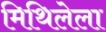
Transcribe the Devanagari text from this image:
मिथिलेला